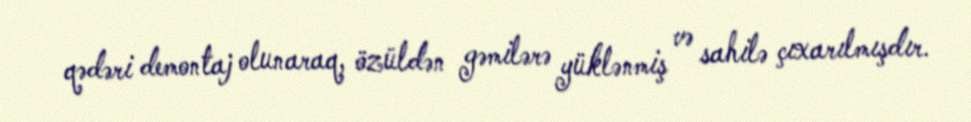
qədəri demontaj olunaraq, özüldən gəmilərə yüklənmiş və sahilə çıxarılmışdır.